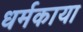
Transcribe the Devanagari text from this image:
धर्मकाया